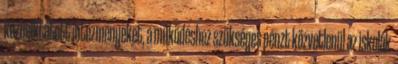
közbeiktatott intézményeket, a működéshez szükséges pénzt közvetlenül az iskolák